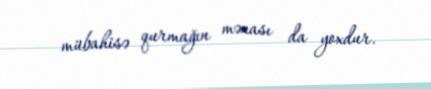
mübahisə qurmağın mənası da yoxdur.